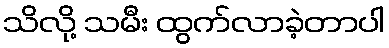
သိလို့ သမီး ထွက်လာခဲ့တာပါ